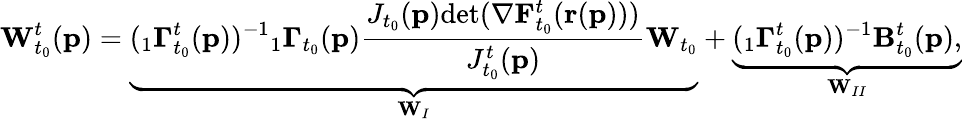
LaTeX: \mathbf{W}_{t_{0}}^{t}(\mathbf{p})=\underbrace{({}_{1}\mathbf{\Gamma}_{t_{0}}^{t}(\mathbf{p}))^{-1}{}_{1}\mathbf{\Gamma}_{t_{0}}(\mathbf{p})\frac{J_{t_{0}}(\mathbf{p})\textup{det}(\mathbf{\nabla}\mathbf{F}_{t_{0}}^{t}(\mathbf{r}(\mathbf{p})))}{J_{t_{0}}^{t}(\mathbf{p})}\mathbf{W}_{t_{0}}}_{\mathbf{W}_{I}}+\underbrace{{({}_{1}\mathbf{\Gamma}_{t_{0}}^{t}}(\mathbf{p}))^{-1}\mathbf{B}_{t_{0}}^{t}(\mathbf{p}),}_{\mathbf{W}_{II}}